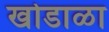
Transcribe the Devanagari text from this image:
खोडाळा